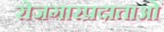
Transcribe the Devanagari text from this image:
रोजगारप्रदाताओं